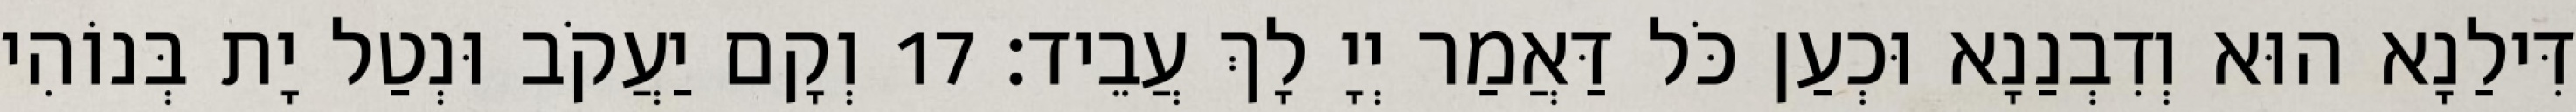
דִּילַנָא הוּא וְדִבְנַנָא וּכְעַן כֹּל דַּאֲמַר יְיָ לָךְ עֲבֵיד׃ 17 וְקָם יַעֲקֹב וּנְטַל יָת בְּנוֹהִי